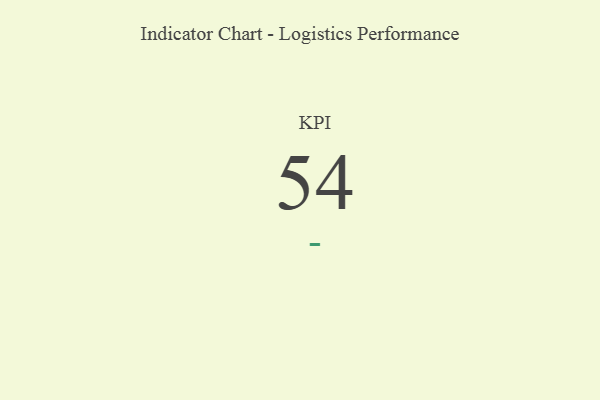
{"axis": {"x": "KPI", "y": "Value"}, "legend": [""], "data": [{"x": "KPI", "y": 54, "type": ""}]}